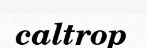
caltrop